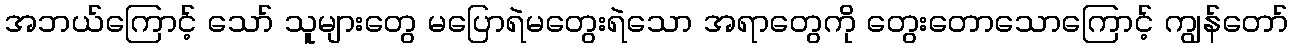
အဘယ်ကြောင့် သော် သူများတွေ မပြောရဲမတွေးရဲသော အရာတွေကို တွေးတောသောကြောင့် ကျွန်တော်